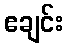
ဧချင်း